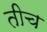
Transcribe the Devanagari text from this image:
तीच